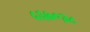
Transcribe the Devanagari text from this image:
५६७०३८